Indian journal of veterinary science and animal husbandry - Volume 8,
Year: 1938
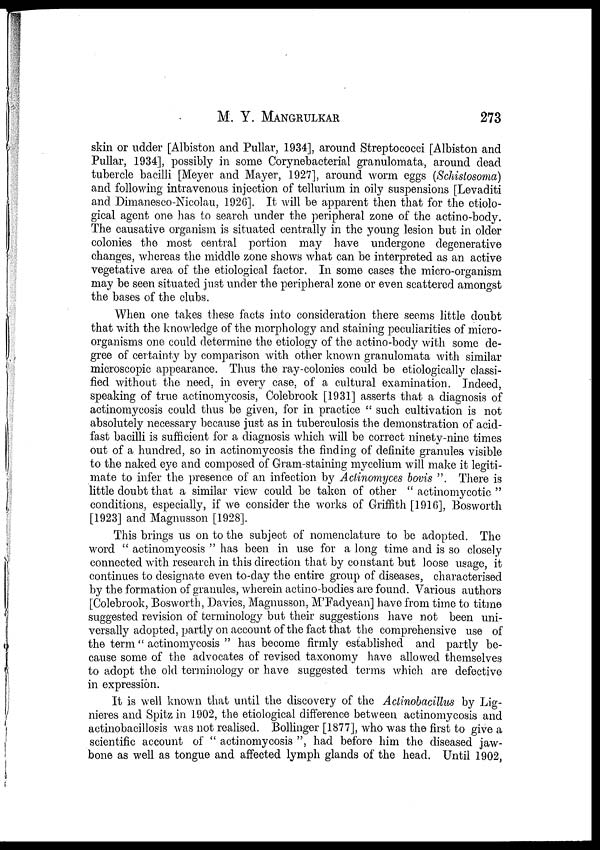
M. Y.
MANGRULKAR
273
skin or udder [Albiston and Pullar, 1934], around Streptococci [Albiston and
Pullar, 1934], possibly in some Corynebacterial granulomata, around dead
tubercle bacilli [Meyer and Mayer, 1927], around worm eggs (Schistosoma)
and following intravenous injection of tellurium in oily suspensions [Levaditi
and Dimanesco-Nicolau, 1926]. It will be apparent then that for the etiolo-
gical agent one has to search under the peripheral zone of the actino-body.
The causative organism is situated centrally in the young lesion but in older
colonies the most central portion may have undergone degenerative
changes, whereas the middle zone shows what can be interpreted as an. active
vegetative area of the etiological factor. In some cases the micro-organism
may be seen situated just under the peripheral zone or even scattered amongst
the bases of the clubs.
When one takes these facts into consideration there seems little doubt
that with the knowledge of the morphology and staining peculiarities of micro-
organisms one could determine the etiology of the actino-body with some de-
gree of certainty by comparison with other known granulomata with similar
microscopic appearance. Thus the ray-colonies could be etiologically classi-
fied without the need, in every case, of a cultural examination. Indeed,
speaking of true actinomycosis, Colebrook [1931] asserts that a diagnosis of
actinomycosis could thus be given, for in practice " such cultivation is not
absolutely necessary because just as in tuberculosis the demonstration of acid-
fast bacilli is sufficient for a diagnosis which will be correct ninety-nine times
out of a hundred, so in actinomycosis the finding of definite granules visible
to the naked eye and composed of Gram-staining mycelium will make it legiti-
mate to infer the presence of an infection by Actinomyces bovis ". There is
little doubt that a similar view could be taken of other " actinomycotic "
conditions, especially, if we consider the works of Griffith [1916], Bosworth
[1923] and Magnusson [1928].
This brings us on to the subject of nomenclature to be adopted. The
word " actinomycosis " has been in use for a long time and is so closely
connected with research in this direction that by constant but loose usage, it
continues to designate even to-day the entire group of diseases, characterised
by the formation of granules, wherein actino-bodies are found. Various authors
[Colebrook, Bosworth, Davies, Magnusson, M'Fadyean] have from time to titme
suggested revision of terminology but their suggestions have not been uni-
versally adopted, partly on account of the fact that the comprehensive use of
the term " actinomycosis " has become firmly established and partly be-
cause some of the advocates of revised taxonomy have allowed themselves
to adopt the old terminology or have suggested terms which are defective
in expression.
It is well known that until the discovery of the Actinobacillus by Lig¬
nieres and Spitz in 1902, the etiological difference between actinomycosis and
actinobacillosis was not realised. Bollinger [1877], who was the first to give a
scientific account of " actinomycosis ", had before him the diseased jaw-
bone as well as tongue and affected lymph glands of the head. Until 1902,